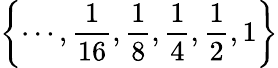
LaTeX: \left\{ \cdots,{\frac{1}{16}},{\frac{1}{8}},{\frac{1}{4}},{\frac{1}{2}},1\right\}